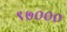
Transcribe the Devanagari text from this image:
९७०००